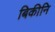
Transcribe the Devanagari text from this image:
बिकीनि